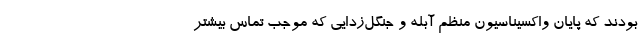
بودند که پایان واکسیناسیون منظم آبله و جنگل‌زدایی که موجب تماس بیشتر